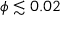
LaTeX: \phi \lesssim 0 . 0 2